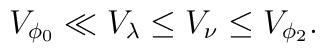
V_{\phi_0} \ll V_\lambda \leq V_\nu \leq V_{\phi_2}.